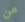
من